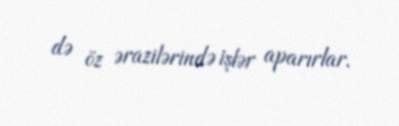
də öz ərazilərində işlər aparırlar.